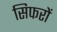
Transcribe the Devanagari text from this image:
सिफरों